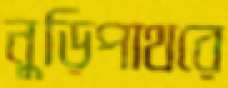
নুড়িপাথরে